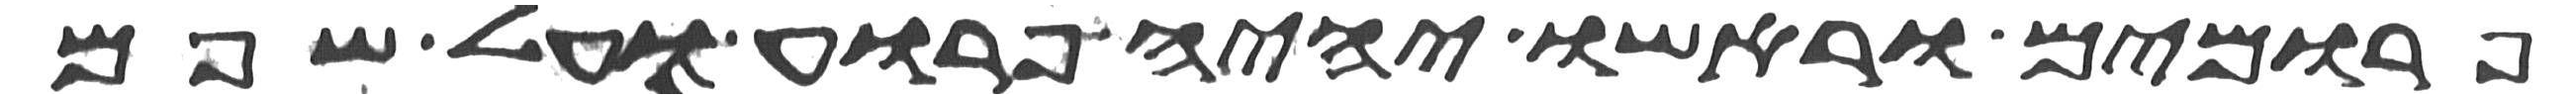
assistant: פרומים וראשו יהיה פרוע ועל שפם